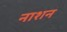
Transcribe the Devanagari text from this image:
नाशन